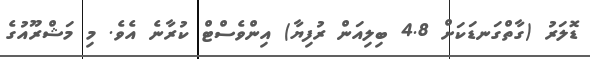
ޑޮލަރު (ގާތްގަނޑަކަށް 4.8 ބިލިއަން ރުފިޔާ) އިންވެސްޓް ކުރާނެ އެވެ. މި މަޝްރޫއުގެ